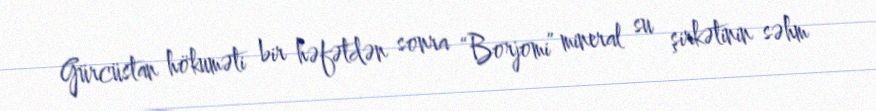
Gürcüstan hökuməti bir həfətdən sonra “Borjomi” mineral su şirkətinin səhm